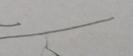
Signature authenticity: forged